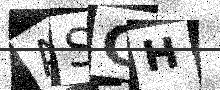
Text: ASCH